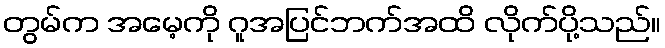
တွမ်က အမေ့ကို ဂူအပြင်ဘက်အထိ လိုက်ပို့သည်။